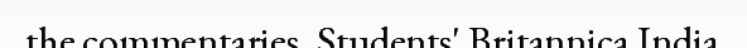
the commentaries .Students' Britannica India